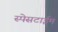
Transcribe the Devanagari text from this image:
स्पेसटाईम